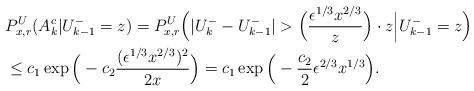
LaTeX: \begin{align*}& P_{x,r}^U(A_k^c | U_{k-1}^- = z)= P_{x,r}^U\Big( |U_k^- - U_{k-1}^-| > \Big(\frac{\epsilon^{1/3} x^{2/3}}{z} \Big) \cdot z \Big| U_{k-1}^- = z \Big) \\& \leq c_1 \exp\Big( -c_2 \frac{(\epsilon^{1/3} x^{2/3})^2}{2x} \Big) = c_1 \exp\Big(-\frac{c_2}{2} \epsilon^{2/3} x^{1/3} \Big).\end{align*}